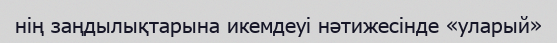
нің заңдылықтарына икемдеуі нәтижесінде «уларый»